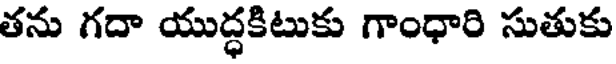
తను గదా యుద్ధకిటుకు గాంధారి సుతుకు